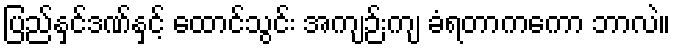
ပြည်နှင်ဒဏ်နှင့် ထောင်သွင်း အကျဉ်းကျ ခံရတာကကော ဘာလဲ။